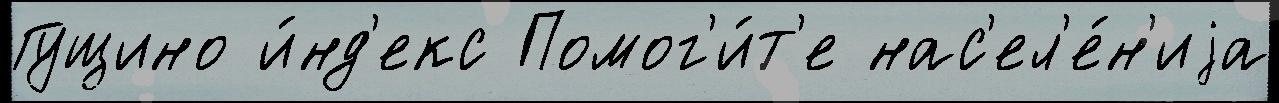
Гущино и́нд'екс Помог'и́т'е нас'ел'е́н'иjа